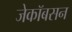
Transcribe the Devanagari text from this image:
जेकॉबसन